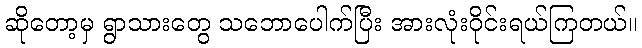
ဆိုတော့မှ ရွာသားတွေ သဘောပေါက်ပြီး အားလုံးဝိုင်းရယ်ကြတယ်။